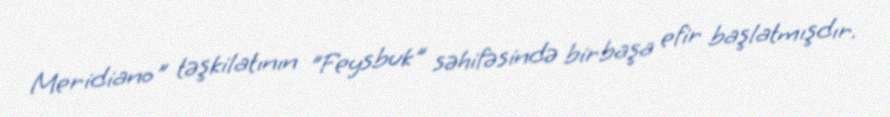
Meridiano" təşkilatının "Feysbuk" səhifəsində birbaşa efir başlatmışdır.